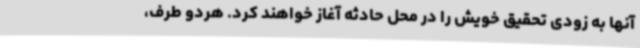
آنها به زودی تحقیق خویش را در محل حادثه آغاز خواهند کرد. هردو طرف،